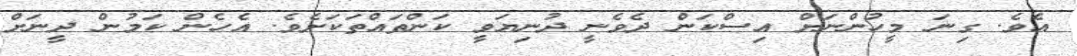
އެވެ. ގިނަ މީހުންނަށް އިސްކަން ދެވެނީ ދުނިޔަވީ ކަންތައްތަކަށެވެ. އެހެން ކަމުން ދީނަށް